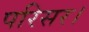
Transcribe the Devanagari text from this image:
परिसर।